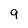
Character: 9